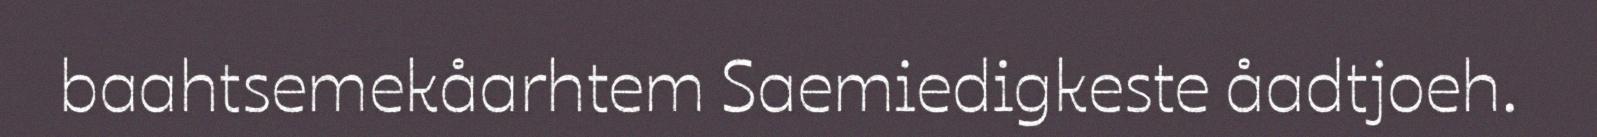
baahtsemekåarhtem Saemiedigkeste åadtjoeh.